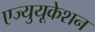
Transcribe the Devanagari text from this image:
एज्युयूकेशन